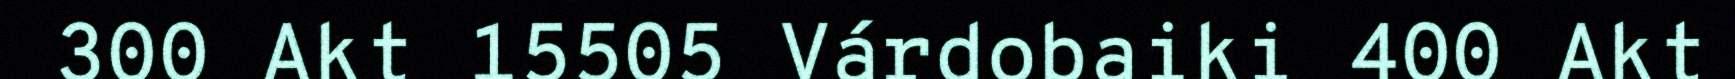
300 Akt 15505 Várdobaiki 400 Akt